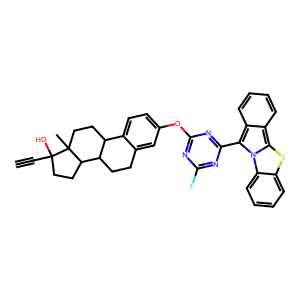
SMILES: C#CC1(O)CCC2C3CCc4cc(Oc5nc(F)nc(-c6c7ccccc7c7sc8ccccc8n67)n5)ccc4C3CCC21C
Inhibits HIV replication: No